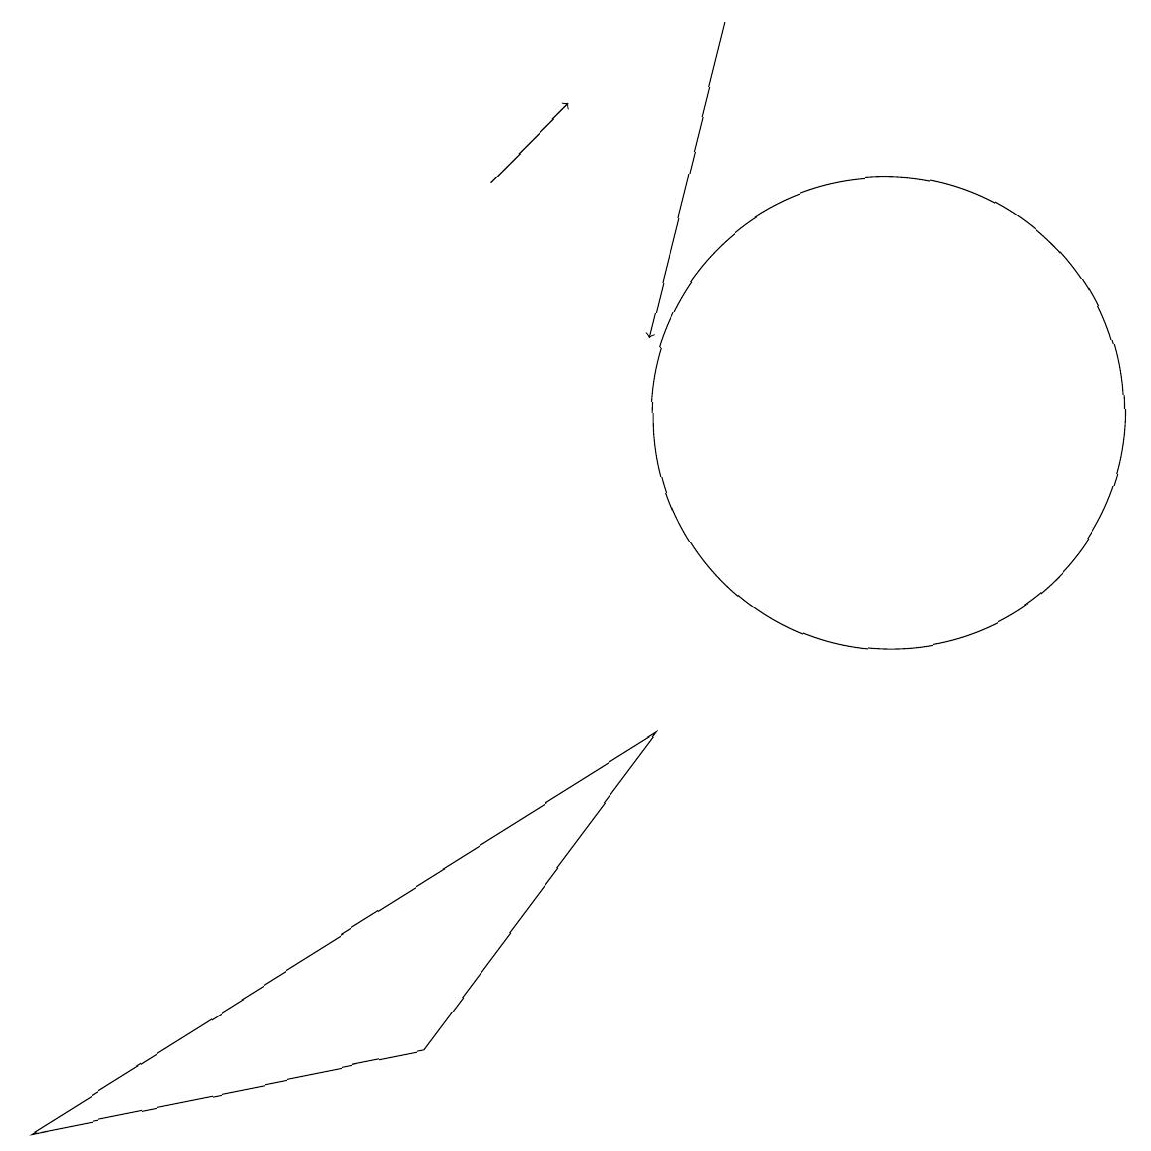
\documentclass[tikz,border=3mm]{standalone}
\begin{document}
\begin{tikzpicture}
\draw (11,10) circle (3);
\draw[->] (6,13) -- (7,14);
\draw[->] (9,15) -- (8,11);
\draw (0,1) -- (8,6) -- (5,2) -- cycle;
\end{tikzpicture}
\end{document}